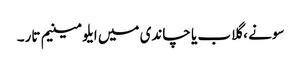
سونے ، گلاب یا چاندی میں ایلومینیم تار۔